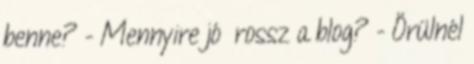
benne? - Mennyire jó rossz a blog? - Örülnél